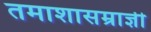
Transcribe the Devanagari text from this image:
तमाशासम्राज्ञी